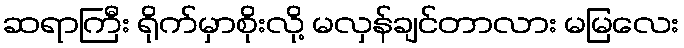
ဆရာကြီး ရိုက်မှာစိုးလို့ မလှန်ချင်တာလား မမြလေး